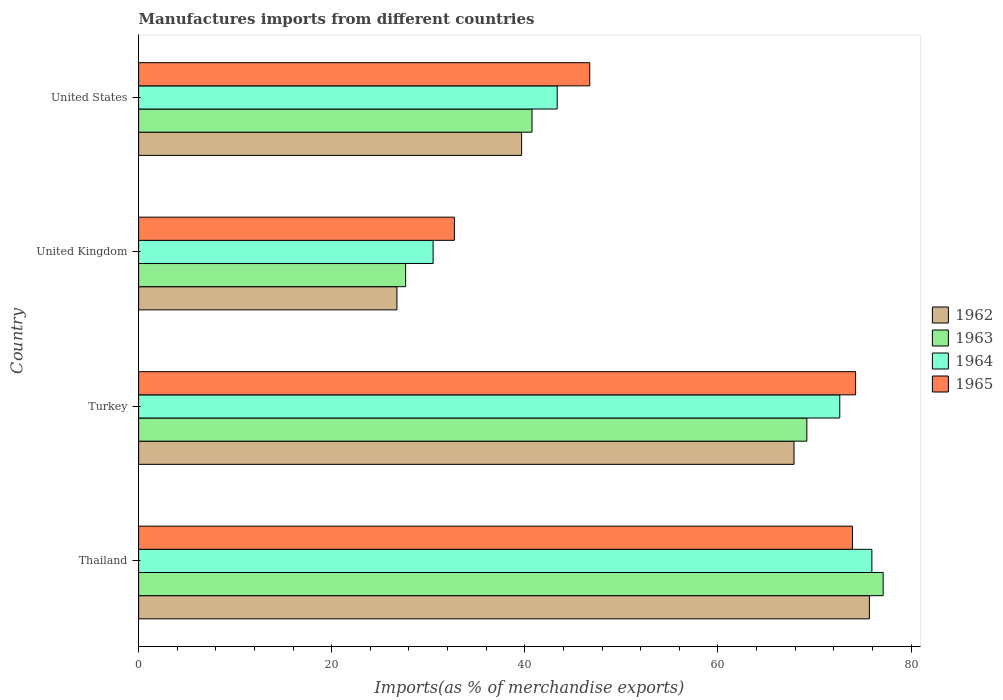
| Country | 1962 | 1963 | 1964 | 1965 |
 | --- | --- | --- | --- | --- |
 | Thailand | 75.7 | 77.1 | 75.9 | 73.9 |
 | Turkey | 67.9 | 69.2 | 72.6 | 74.3 |
 | United Kingdom | 26.8 | 27.7 | 30.5 | 32.7 |
 | United States | 39.7 | 40.7 | 43.4 | 46.7 |